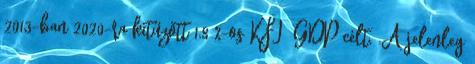
2013-ban 2020-ra kitűzött 1,8 %-os KFI GDP célt. .A jelenleg